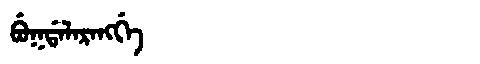
Manchu: ᠪᡠᡴᡩᠠᠯᠠᡵᠠᠩᡤᡝ
Romanization: BUKDALARANGGE